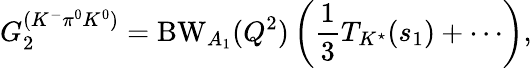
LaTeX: G_{2}^{(K^{-}\pi^{0}K^{0})}=\mathrm{BW}_{A_{1}}(Q^{2})\left(\frac{1}{3}T_{K^{\star}}(s_{1})+\cdots\right),